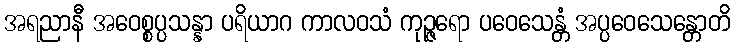
အရညာနီ အဝေစ္စပ္ပသန္နာ ပရိယာဂ ကာလဝသံ ကုဉ္ဇရော ပဝေသေန္တံ အပ္ပဝေသေန္တောတိ